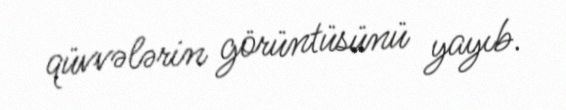
qüvvələrin görüntüsünü yayıb.